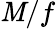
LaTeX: \mathit{M}/f